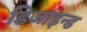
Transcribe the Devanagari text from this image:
डिजाइन्ड